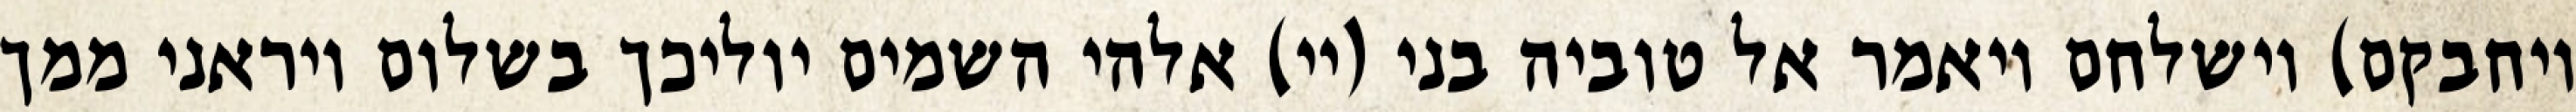
ויחבקם) וישלחם ויאמר אל טוביה בני (יי) אלהי השמים יוליכך בשלום ויראני ממך